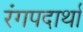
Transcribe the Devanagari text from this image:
रंगपदार्थां